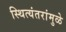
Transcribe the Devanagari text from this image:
स्थित्यंतरांमुळे